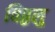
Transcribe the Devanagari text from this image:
विठ्ठलु